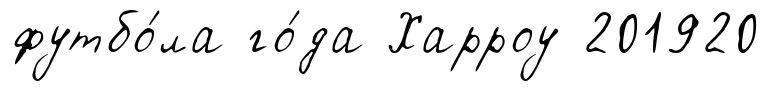
футбо́ла го́да Харроу 201920